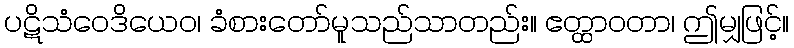
ပဋိသံဝေဒိယေဝ၊ ခံစားတော်မူသည်သာတည်း။ ဧတ္ထာဝတာ၊ ဤမျှဖြင့်။